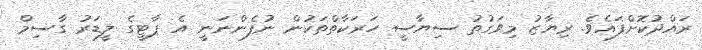
ރައްދުކޮށްފައެވެ. ރިޔާޒު މިވަގުތު ސިޔާސީ ހަރަކާތްތަކުން ނުފެންނަނީ އެ ޕާޓީގެ ލީޑަރު ގާސިމް